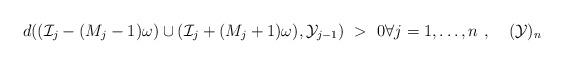
LaTeX: \begin{align*} \tag*{$(\mathcal{Y})_n$} d((\mathcal{I}_j-(M_j-1)\omega)\cup(\mathcal{I}_j+(M_j+1)\omega),\mathcal{Y}_{j-1})\ > \ 0 \forall j=1,\ldots,n \ ,\end{align*}